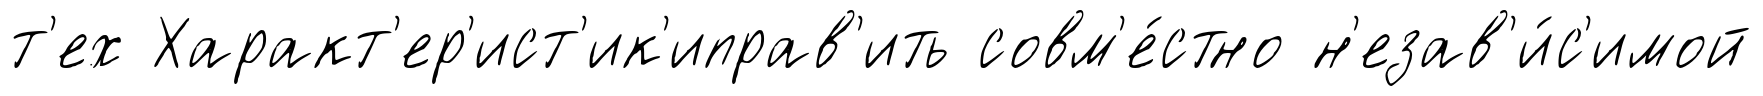
т'ех Характ'ер'ист'ик'иправ'ить совм'е́стно н'езав'и́с'имой